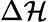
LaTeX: \Delta\mathcal{H}